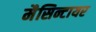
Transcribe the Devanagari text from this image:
मैसिन्टायर